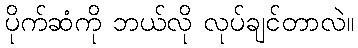
ပိုက်ဆံကို ဘယ်လို လုပ်ချင်တာလဲ။